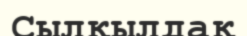
Сылқылдақ